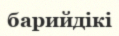
барийдікі